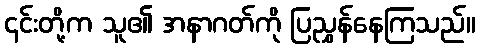
၎င်းတို့က သူ၏ အနာဂတ်ကို ပြညွှန်နေကြသည်။